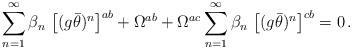
LaTeX: \begin{align*}\sum_{n=1}^\infty\beta_n\,\left[(g\bar\theta)^n\right]^{ab}+\Omega^{ab}+\Omega^{ac}\sum_{n=1}^\infty\beta_n\,\left[(g\bar\theta)^n\right]^{cb}=0\,.\end{align*}